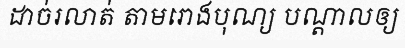
ដាច់រលាត់ តាមរោងបុណ្យ បណ្តាលឲ្យ